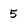
Character: 5